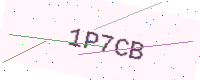
Text: 1P7CB